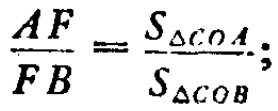
\(\frac{AF}{FB}=\frac{S_{\triangle COA}}{S_{\triangle COB}};\)